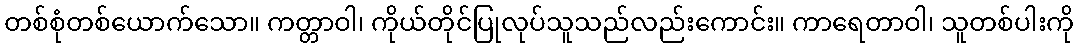
တစ်စုံတစ်ယောက်သော။ ကတ္တာဝါ၊ ကိုယ်တိုင်ပြုလုပ်သူသည်လည်းကောင်း။ ကာရေတာဝါ၊ သူတစ်ပါးကို